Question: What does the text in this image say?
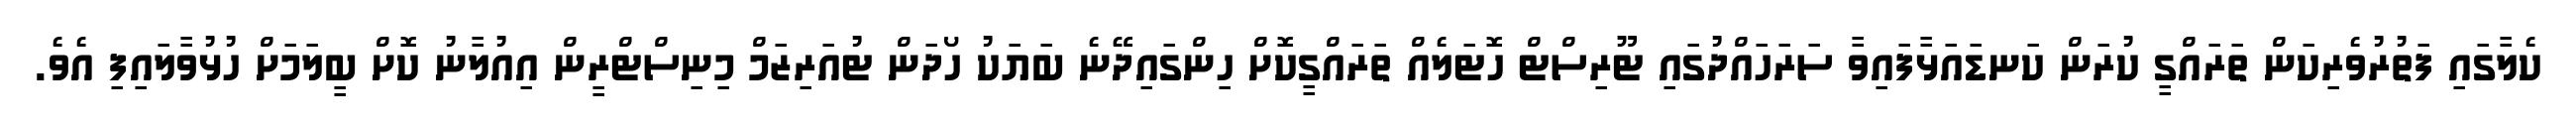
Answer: ކެލާގައި ފަތުރުވެރިކަން ތަރައްގީ ކުރަން ކަނޑައަޅާފައިވާ ސަރަހައްދުގައި ޓޫރިސްޓް ހޮޓަލެއް ތަރައްގީކޮށް ހިންގައިދޭނެ ބަޔަކު ހޯދަން ޓުއަރިޒަމް މިނިސްޓްރީން އިއުލާނު ކޮށް ބީލަމަށް ހުޅުވާލައިފި އެވެ.